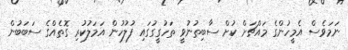
ނަމަވެސް އެމީހުންގެ މައްޗަށް ކުށް ސާބިތުނުވީ ތަހުގީގުގައި ފުލުހުން އަމަލުކުރި ގޮތެއްގެ ސަބަބުން